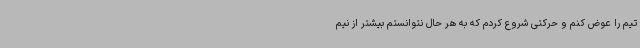
تیم را عوض کنم و حرکتی شروع کردم که به هر حال نتوانستم بیشتر از نیم